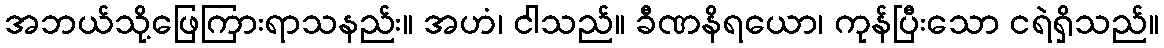
အဘယ်သို့ဖြေကြားရာသနည်း။ အဟံ၊ ငါသည်။ ခီဏနိရယော၊ ကုန်ပြီးသော ငရဲရှိသည်။